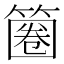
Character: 𥱽